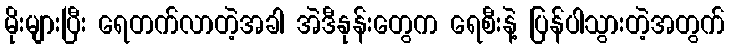
မိုးများပြီး ရေတက်လာတဲ့အခါ အဲဒီနုန်းတွေက ရေစီးနဲ့ ပြန်ပါသွားတဲ့အတွက်